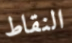
النقاط